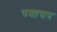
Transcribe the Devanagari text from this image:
पश्चात्तप